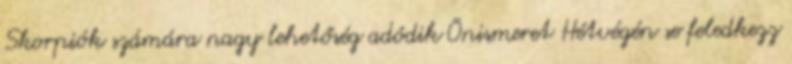
Skorpiók számára nagy lehetőség adódik Önismeret Hétvégén se feledkezz